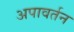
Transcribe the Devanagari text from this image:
अपावर्तन